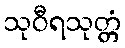
သုဝီရသုတ္တံ